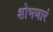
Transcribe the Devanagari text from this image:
शोभणारं